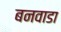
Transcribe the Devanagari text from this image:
बनवाडा